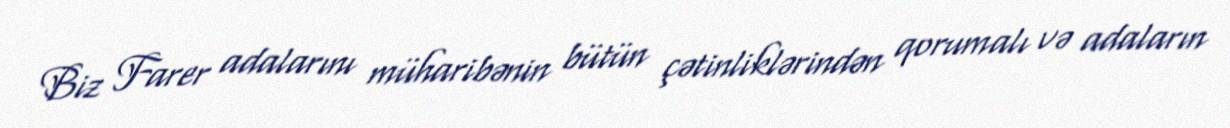
Biz Farer adalarını müharibənin bütün çətinliklərindən qorumalı və adaların